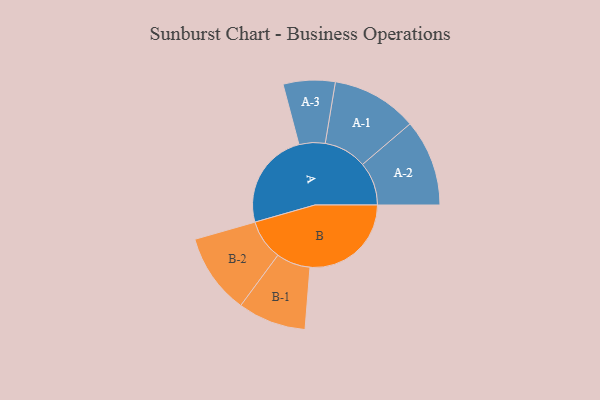
{"axis": {"x": "Segment", "y": "Value"}, "legend": ["", "A", "B"], "data": [{"x": "A", "y": 443, "type": ""}, {"x": "B", "y": 460, "type": ""}, {"x": "A-1", "y": 195, "type": "A"}, {"x": "A-2", "y": 197, "type": "A"}, {"x": "A-3", "y": 118, "type": "A"}, {"x": "B-1", "y": 155, "type": "B"}, {"x": "B-2", "y": 183, "type": "B"}]}